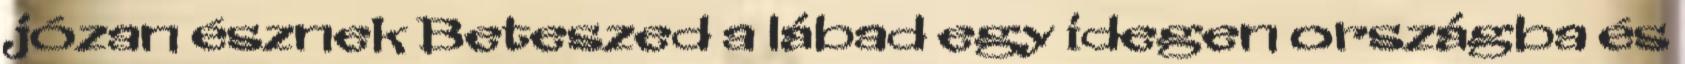
józan észnek Beteszed a lábad egy idegen országba és